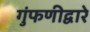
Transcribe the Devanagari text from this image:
गुंफणीद्वारे